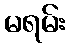
မရမ်း